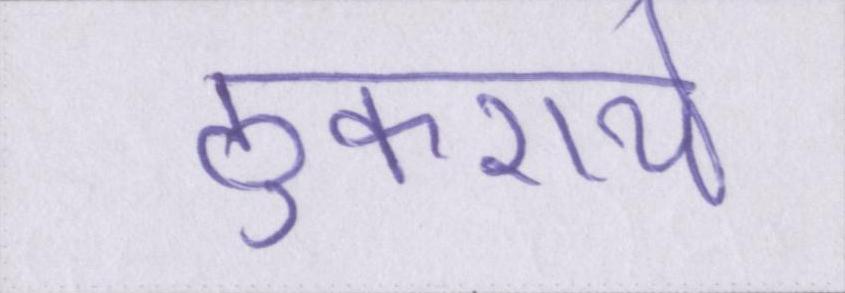
ठुकराये